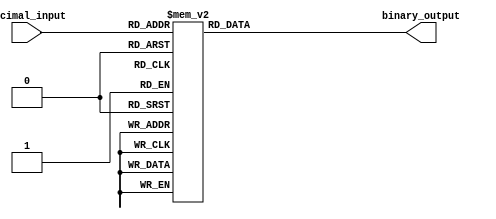
module priority_encoder(

input [3:0] decimal_input,

output reg [2:0] binary_output

);

always @(*)

begin

case(decimal_input)

4'b1001: binary_output = 3'b011;

4'b1000: binary_output = 3'b010;

4'b0111: binary_output = 3'b011;

4'b0110: binary_output = 3'b010;

4'b0101: binary_output = 3'b010;

4'b0100: binary_output = 3'b010;

4'b0011: binary_output = 3'b011;

4'b0010: binary_output = 3'b010;

4'b0001: binary_output = 3'b001;

4'b0000: binary_output = 3'b000;

default: binary_output = 3'b000;

endcase

end

endmodule